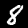
Digit: 8